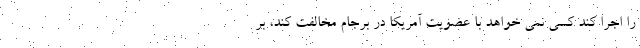
را اجرا کند کسی نمی خواهد با عضویت آمریکا در برجام مخالفت کند، بر